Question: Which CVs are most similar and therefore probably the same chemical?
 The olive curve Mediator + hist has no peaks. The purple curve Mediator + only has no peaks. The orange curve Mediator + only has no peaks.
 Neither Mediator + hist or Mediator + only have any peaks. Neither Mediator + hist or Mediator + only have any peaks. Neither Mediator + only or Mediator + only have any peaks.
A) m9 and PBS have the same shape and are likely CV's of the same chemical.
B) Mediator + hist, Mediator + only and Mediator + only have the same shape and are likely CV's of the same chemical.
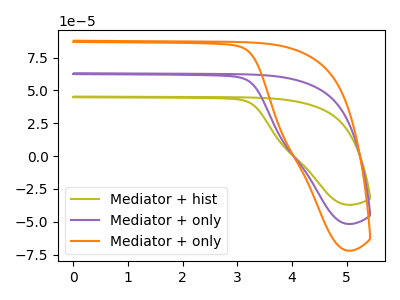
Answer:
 <answer>B) "Mediator + hist", "Mediator + only" and "Mediator + only" have the same shape and are likely CV's of the same chemical.</answer>
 <eval>B</eval>